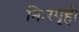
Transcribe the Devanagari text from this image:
निःस्पृही